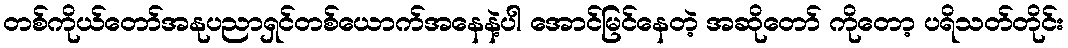
တစ်ကိုယ်တော်အနုပညာရှင်တစ်ယောက်အနေနဲ့ပါ အောင်မြင်နေတဲ့ အဆိုတော် ကိုတော့ ပရိသတ်တိုင်း